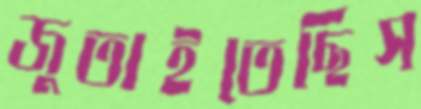
জুতাইতেছিস